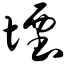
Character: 堙